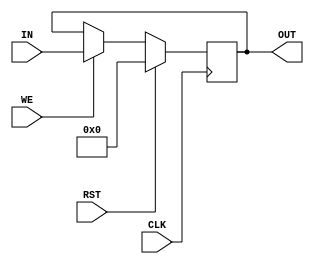
module reg_with_reset_and_write #(parameter W=4)(
	input [W-1:0] IN,
	input CLK,
	input RST,
	input WE,//Write Enable	
	output reg [W-1:0] OUT
);

always @(posedge CLK) begin
    if (RST)
      OUT <= 0; // Reset operation
    else if (WE)
      OUT <= IN; // Write operation
   
end
endmodule